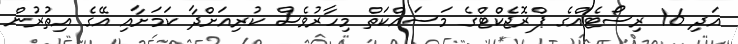
އަދި 16 ރިސޯޓެއްގެ ޕްރޮޖެކްޓްގެ މަސައްކަތް މިހާރުވެސް ކުރިއަށްދާ ކަމަށާއި އޭގެ އިތުރުން